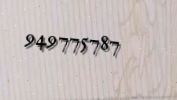
949775787